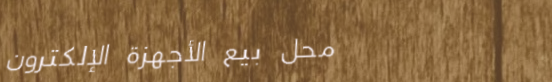
محل بيع الأجهزة الإلكترون